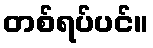
တစ်ရပ်ပင်။